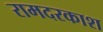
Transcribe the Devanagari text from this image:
रामदरकाश